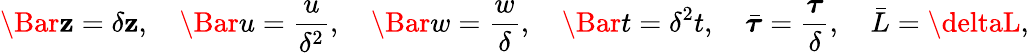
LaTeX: \Bar{\mathbf{z}}=\delta\mathbf{z},\quad\Bar{u}=\frac{{u}}{{\delta^{2}}},\quad\Bar{w}=\frac{{w}}{{\delta}},\quad\Bar{t}=\delta^{2}{t},\quad\bar{{\boldsymbol{\tau}}}=\frac{{\boldsymbol{\tau}}}{{\delta}},\quad\bar{{L}}=\deltaL,